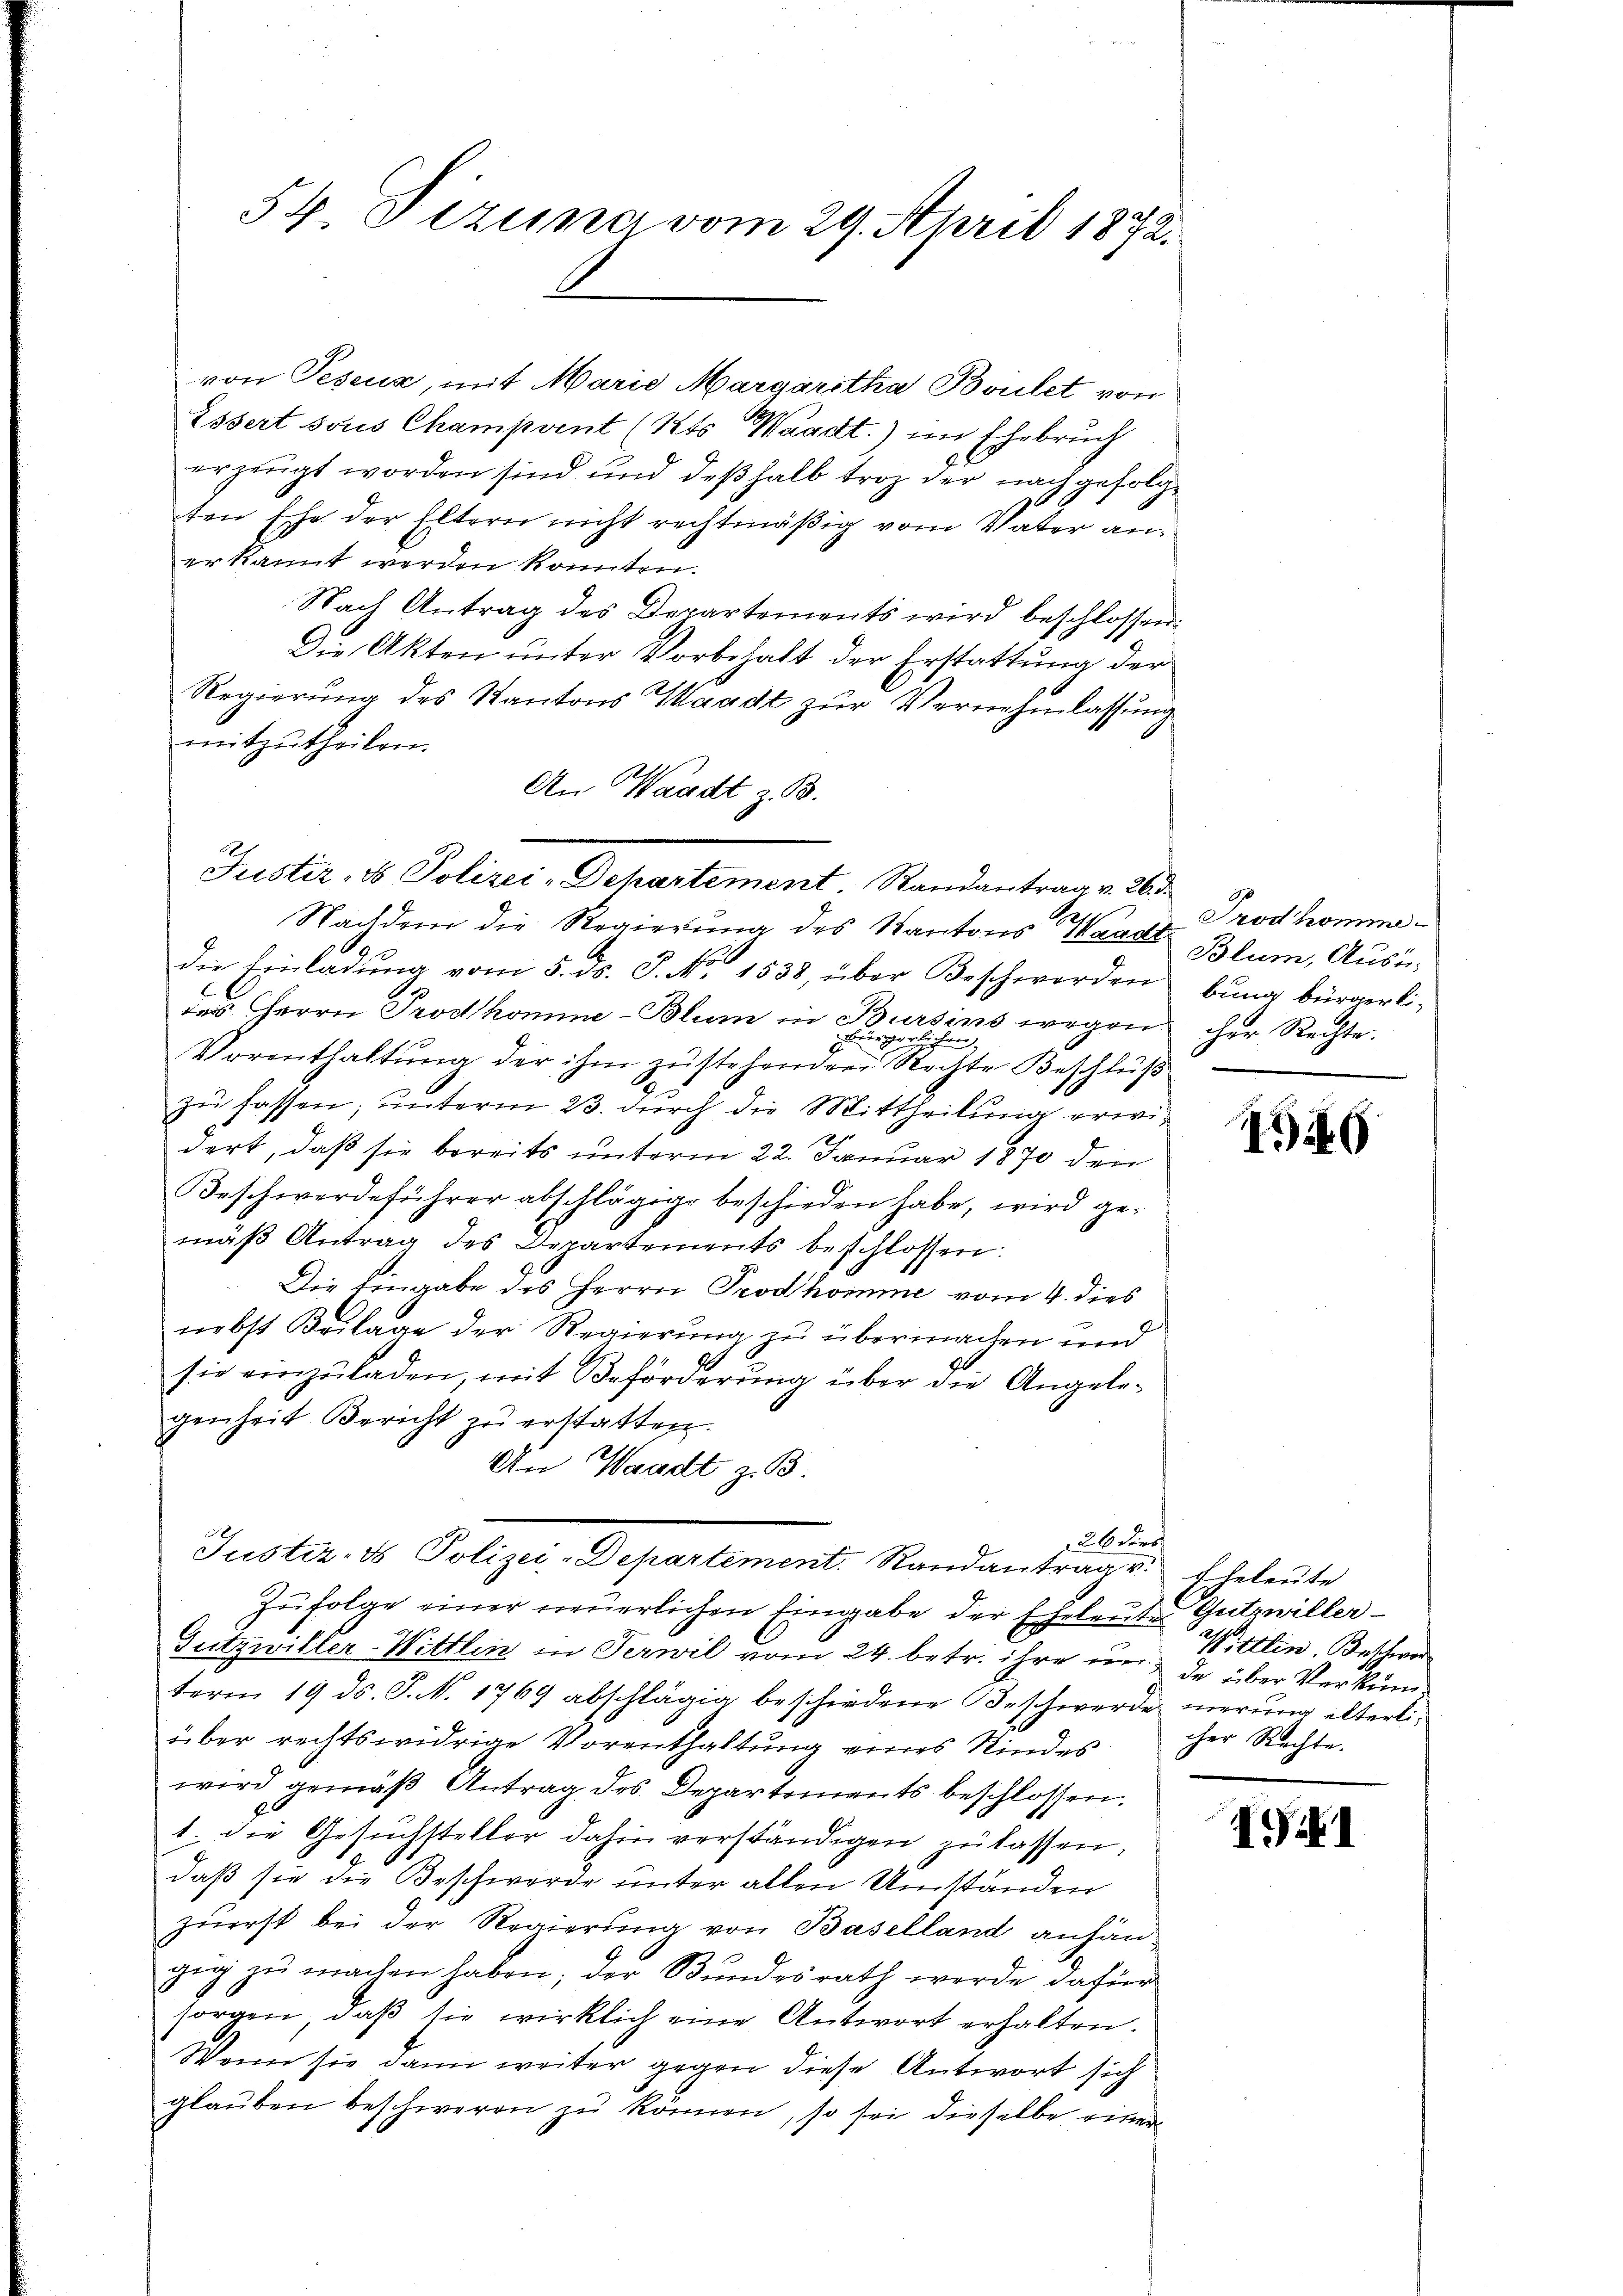
54 Dezuna vom 29. April 1872.

von Peseuz, mit Marie Margaretha Boulet von
Essert sous Champrent (Kts. Waadt) im Ehebruch
erzeugt worden sind und deßhalb trotz der nachgefolgten Ehe der Eltern nicht rechtmäßig vom Vater aner kannt werden könnten.
Nach Antrag des Departements wird beschlossen:
Die Akten unter Vorbehalt der Erstattung der
Regierung des Kantons Waadt zur Vernehmlassung
mitzutheilen.
An Waadt z. B.

Justiz- & Polizei-Departement. Randantrag v. 26. d.
A.
Nachdem die Regierung des Kantons Waadt Blum, Ausn

die Einladŭng vom 5. ds. J. No. 1538, über Beschwerden
des Herrn Prodhomme-Blum in Bursins wegen
d

schmer
Vorenthaltŭng der ihm zŭstehenden Rechte Beschluß
zu fassen; unterm 23. durch die Mittheilung erwidert, daß sie bereits unterm 22. Januar 1870 den
Beschwerdeführer abschlägige beschieden habe, wird gemäß Antrag des Departements beschlossen:
Die Eingabe des Herrn Prodhomme vom 4. dies
nebst Beilage der Regierung zu übermachen und
sie einzŭladen, mit Beförderung über die Angelegenheit Bericht zu erstatten.
An Waadt z. B.
26 der

Justiz- & Polizei-Departement. Randantrag v. Eheleute

Zufolge einer neuerlichen Eingabe der Eheleute Gutzwiller¬
Gutzwiller-Wittlin in Serwil vom 24. betr. ihre inde über Verkünterm 19. ds. S. N. 1769 abschlägig beschiedene Beschwerde nierung älterliüber rechtswidrige Vorenthaltung eines Kindes
wird gemäß Antrag des Departements beschlossen.
1. die Gesuchsteller dahin verständigen zu lassen,
daß sie die Beschwerde unter allen Umständen
zuerst bei der Regierung von Baselland anhängŭg zŭ machen haben; der Bundesrath werde dafür
sorgen, daß sie wirklich eine Antwort erhalten.
Wenn sie dann weiter gegen diese Antwort sich
glauben beschweren zu können, so sei dieselbe einer

Trodhomme
bung bürgerlier Rechte.

1946

Wittlin. Beschwer
cher Rechte.

II